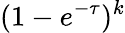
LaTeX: (1-e^{-\tau})^{k}